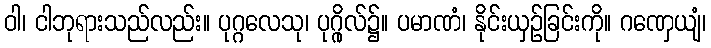
ဝါ၊ ငါဘုရားသည်လည်း။ ပုဂ္ဂလေသု၊ ပုဂ္ဂိုလ်၌။ ပမာဏံ၊ နိုင်းယှဉ်ခြင်းကို။ ဂဏှေယျံ၊